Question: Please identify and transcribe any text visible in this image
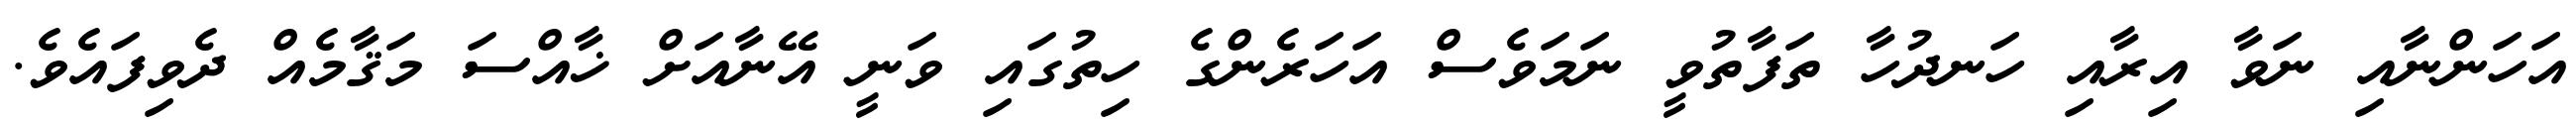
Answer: އަހަންނާއި ނަވާ އިރާއި ހަނދުހާ ތަފާތުވީ ނަމަވެސް އަހަރެންގެ ހިތުގައި ވަނީ އޭނާއަށް ޚާއްސަ މަޤާމެއް ދެވިފައެވެ.